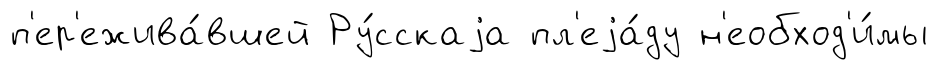
п'ер'ежива́вшей Ру́сскаjа пл'еjа́ду н'еобход'и́мы